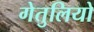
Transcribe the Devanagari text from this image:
गेतुलियो